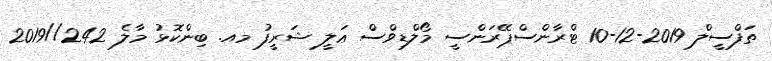
ތަފްސީލް 2019-12-10 ޓްރާންސްޕޭރަންސީ މޯލްޑިވްސް ޢަލީ ޝަރީފު މއ. ބިންކޮޅު މާލެ 242//2019